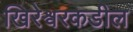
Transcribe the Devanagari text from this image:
खिरेश्वरकडील